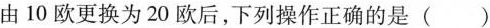
由10欧更换为20欧后，下列操作正确的是()